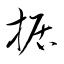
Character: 据